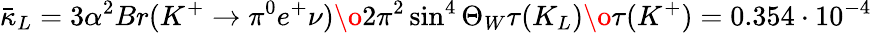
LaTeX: \bar{\kappa}_{L}={3\alpha^{2}Br(K^{+}\to\pi^{0}e^{+}\nu)\o 2\pi^{2}\sin^{4}\Theta_{W}}{\tau(K_{L})\o\tau(K^{+})}=0.354\cdot 10^{-4}